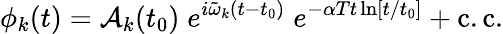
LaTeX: \phi_{k}(t)={\cal A}_{k}(t_{0})\; e^{i\tilde{\omega}_{k}(t-t_{0})}\; e^{-\alpha Tt\ln[t/t_{0}]}+\mathrm{c.c.}